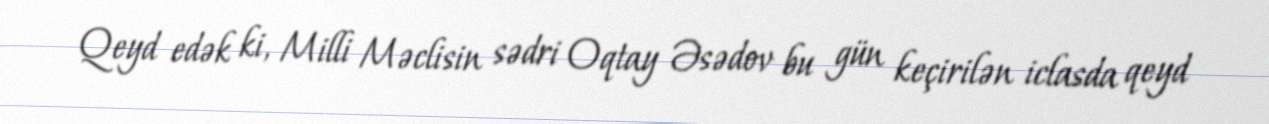
Qeyd edək ki, Milli Məclisin sədri Oqtay Əsədov bu gün keçirilən iclasda qeyd